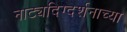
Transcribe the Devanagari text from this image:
नाट्यदिग्दर्शनाच्या